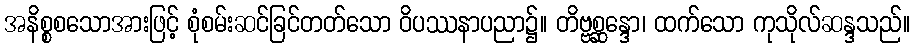
အနိစ္စစသောအားဖြင့် စုံစမ်းဆင်ခြင်တတ်သော ဝိပဿနာပညာ၌။ တိဗ္ဗစ္ဆန္ဒော၊ ထက်သော ကုသိုလ်ဆန္ဒသည်။